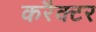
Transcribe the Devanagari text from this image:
करैक्टर